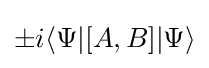
\pm i\langle \Psi |[A,B]|\Psi \rangle